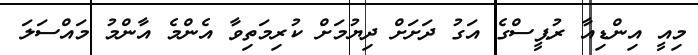
މިއީ އިންޑިއާ ރުޕީސްގެ އަގު ދަށަށް ދިޔުމަށް ކުރިމަތިވާ އެންމެ އާންމު މައްސަލަ